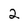
Character: 2